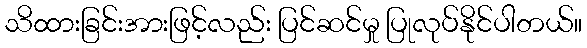
သိထားခြင်းအားဖြင့်လည်း ပြင်ဆင်မှု ပြုလုပ်နိုင်ပါတယ်။